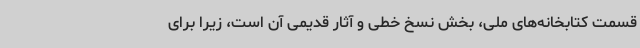
قسمت کتابخانه‌های ملی، بخش نسخ خطی و آثار قدیمی آن است، زیرا برای